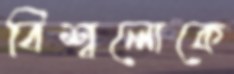
বিশ্বলোকে